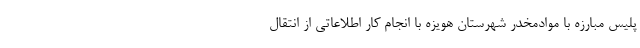
پلیس مبارزه با موادمخدر شهرستان هویزه با انجام کار اطلاعاتی از انتقال